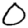
Digit: 0